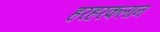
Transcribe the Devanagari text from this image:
हरहरकलान